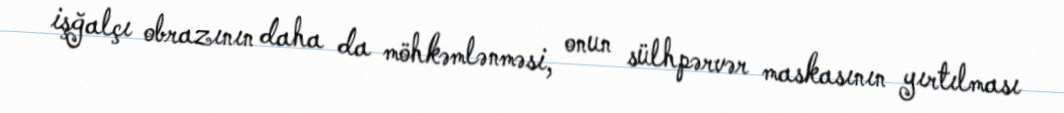
işğalçı obrazının daha da möhkəmlənməsi, onun sülhpərvər maskasının yırtılması